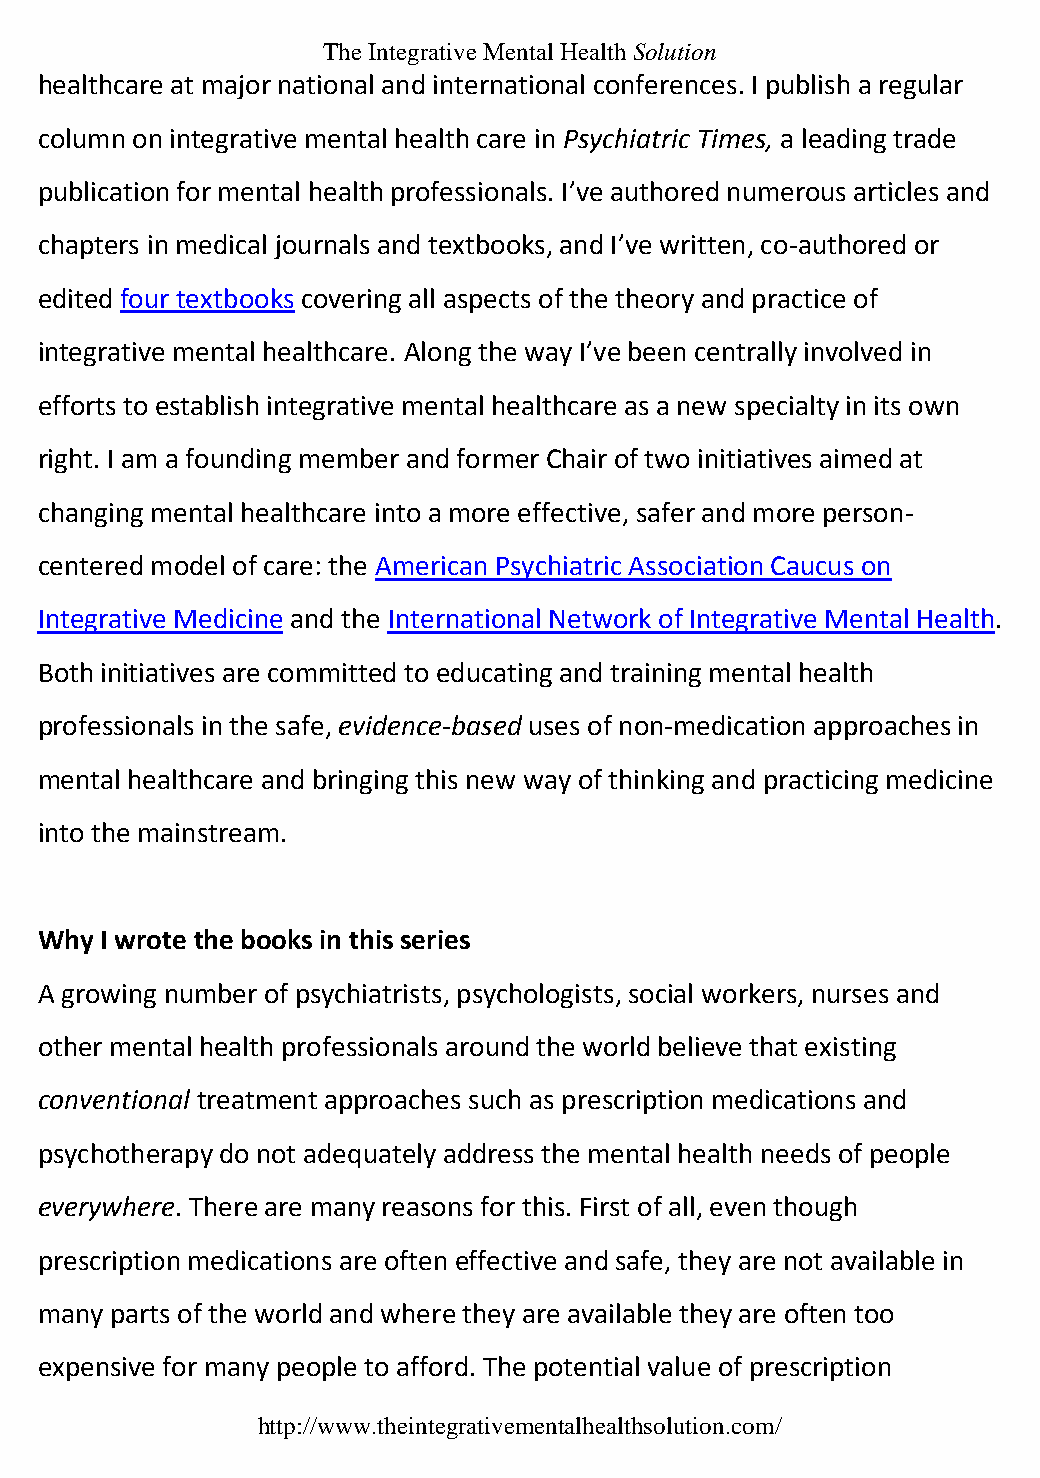
The Integrative Mental Health Solution
 healthcare at major national and international conferences. I publish a regular
 column on integrative mental health care in Psychiatric Times, a leading trade
 publication for mental health professionals. I’ve authored numerous articles and
 chapters in medical journals and textbooks, and I’ve written, co-authored or
 edited four textbooks covering all aspects of the theory and practice of
 integrative mental healthcare. Along the way I’ve been centrally involved in
 efforts to establish integrative mental healthcare as a new specialty in its own
 right. I am a founding member and former Chair of two initiatives aimed at
 changing mental healthcare into a more effective, safer and more person-
 centered model of care: the American Psychiatric Association Caucus on
 Integrative Medicine and the International Network of Integrative Mental Health.
 Both initiatives are committed to educating and training mental health
 professionals in the safe, evidence-based uses of non-medication approaches in
 mental healthcare and bringing this new way of thinking and practicing medicine
 into the mainstream.
 Why  I wrote the books in this series
 A growing number of psychiatrists, psychologists, social workers, nurses and
 other mental health professionals around the world believe that existing
 conventional treatment approaches such as prescription medications and
 psychotherapy do not adequately address the mental health needs of people
 everywhere. There are many reasons for this. First of all, even though
 prescription medications are often effective and safe, they are not available in
 many parts of the world and where they are available they are often too
 expensive for many people to afford. The potential value of prescription
 http://www.theintegrativementalhealthsolution.com/